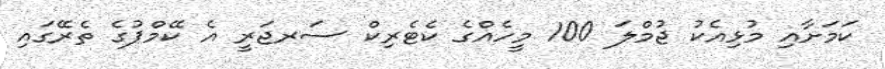
ކަމަށާއި މުޅިއެކު ޖުމްލަ 100 މީހެއްގެ ކެޓެރިކް ސަރޖަރީ އެ ކޭމްޕުގެ ތެރޭގައި